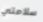
سلامتي